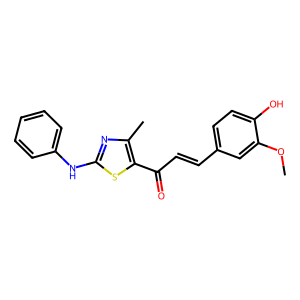
SMILES: COc1cc(C=CC(=O)c2sc(Nc3ccccc3)nc2C)ccc1O
Inhibits HIV replication: No